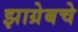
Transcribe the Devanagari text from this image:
झाग्रेबचे